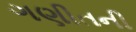
ગણીતની